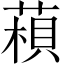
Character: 𦹶